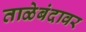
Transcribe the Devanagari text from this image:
ताळेबंदावर